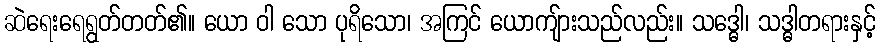
ဆဲရေးရေရွတ်တတ်၏။ ယော ဝါ သော ပုရိသော၊ အကြင် ယောကျ်ားသည်လည်း။ သဒ္ဓေါ၊ သဒ္ဓါတရားနှင့်